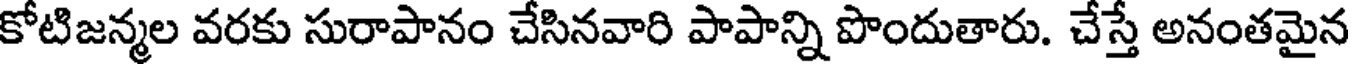
కోటిజన్మల వరకు సురాపానం చేసినవారి పాపాన్ని పొందుతారు. చేస్తే అనంతమైన